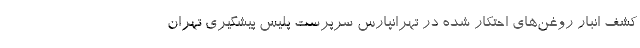
کشف انبار روغن‌های احتکار شده در تهرانپارس سرپرست پلیس پیشگیری تهران